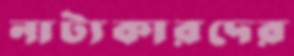
নাট্যকারদের